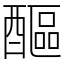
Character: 醧